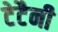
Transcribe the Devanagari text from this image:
टेटैनी